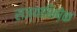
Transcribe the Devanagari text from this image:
राज्याभिषे़क